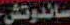
ساندوتش